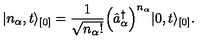
\vert n _ { \alpha } , t \rangle _ { [ 0 ] } = \frac { 1 } { \sqrt { n _ { \alpha } ! } } \Bigl ( \hat { a } _ { \alpha } ^ { \dagger } \Bigr ) ^ { n _ { \alpha } } \vert 0 , t \rangle _ { [ 0 ] } .